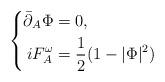
LaTeX: \begin{align*}\left\{\begin{aligned}\bar\partial_A\Phi &=0,\\iF_{A}^{\omega} &=\frac12(1-|\Phi|^2)\end{aligned}\right.\end{align*}